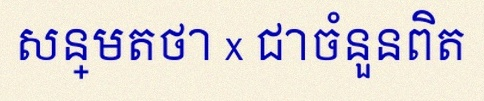
សន្មតថា x ជាចំនួនពិត